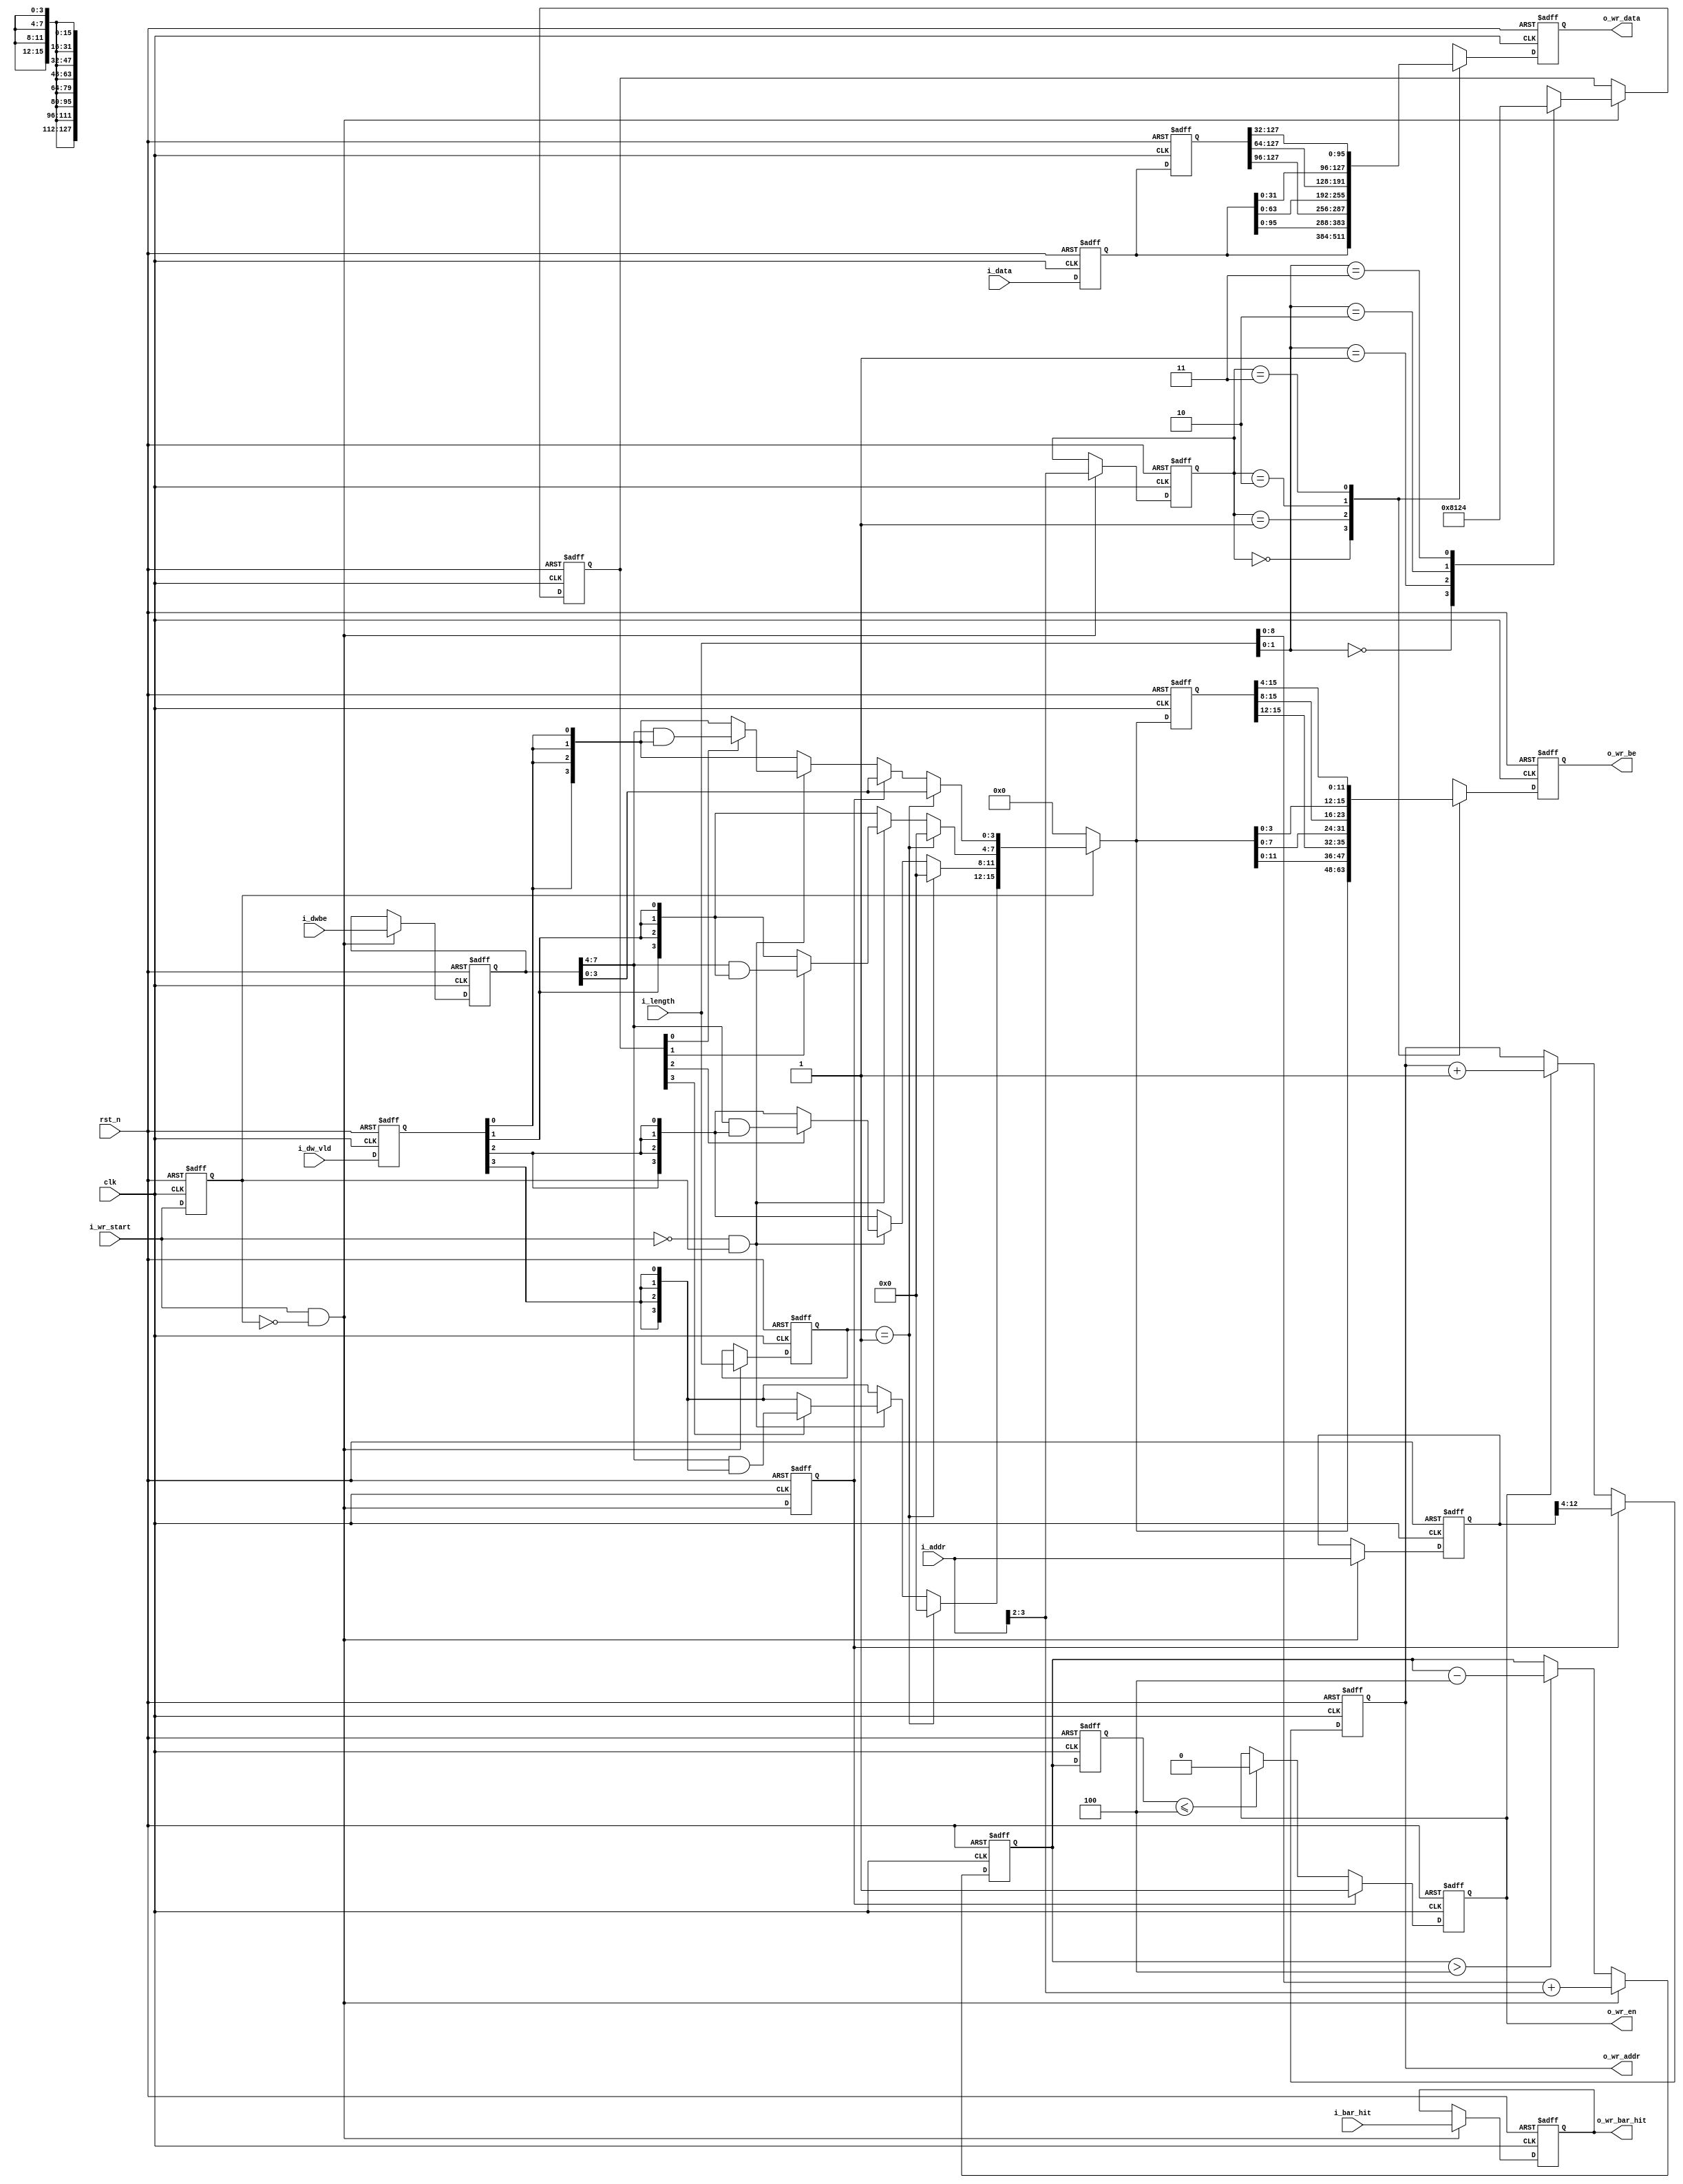
//////////////////////////////////////////////////////////////////////////////
//
// Copyright (c) 2019 PANGO MICROSYSTEMS, INC
// ALL RIGHTS REVERVED.
//
// THE SOURCE CODE CONTAINED HEREIN IS PROPRIETARY TO PANGO MICROSYSTEMS, INC.
// IT SHALL NOT BE REPRODUCED OR DISCLOSED IN WHOLE OR IN PART OR USED BY
// PARTIES WITHOUT WRITTEN AUTHORIZATION FROM THE OWNER.
//
//////////////////////////////////////////////////////////////////////////////
//
// Library:
//////////////////////////////////////////////////////////////////////////////
module ipsl_pcie_dma_wr_ctrl #(
    parameter                       ADDR_WIDTH = 4'd9
)(
    input                           clk         ,   //gen1:62.5MHz,gen2:125MHz
    input                           rst_n       ,

    //**********************************************************************
    input                           i_wr_start  ,
    input       [9:0]               i_length    ,
    input       [7:0]               i_dwbe      ,
    input       [127:0]             i_data      ,
    input       [3:0]               i_dw_vld    ,
    input       [63:0]              i_addr      ,
    input       [1:0]               i_bar_hit   ,

    //**********************************************************************
    //ram write control
    output reg                      o_wr_en     ,
    output reg  [ADDR_WIDTH-1:0]    o_wr_addr   ,
    output reg  [127:0]             o_wr_data   ,
    output reg  [15:0]              o_wr_be     ,
    output reg  [1:0]               o_wr_bar_hit
);

reg             wr_start_ff;
wire            rx_start;
wire            first_dw;
reg             first_dw_ff;
wire            last_dw;

reg     [9:0]   length;
reg     [3:0]   dw_vld;
reg     [7:0]   dwbe;

reg     [15:0]  byte_en;
reg     [15:0]  byte_en_ff;
wire    [31:0]  byte_en_shift;
reg     [15:0]  dw_vld_shift_out;

reg     [3:0]   last_dw_position;
wire    [15:0]  last_data_be;

reg     [1:0]   data_position;
reg     [127:0] data_ff;
reg     [127:0] data_ff2;
wire    [255:0] data_shift;
reg     [127:0] data_shift_out;

reg     [8:0]   wr_dw_cnt;
reg     [8:0]   wr_dw_cnt_ff;
reg     [63:0]  wr_addr;
wire            wr_start;

always@(posedge clk or negedge rst_n)
begin
    if(!rst_n)
        wr_start_ff <= 1'b0;
    else
        wr_start_ff <=  i_wr_start;
end

assign rx_start = i_wr_start & ~wr_start_ff;
//**********************************************************************gen byte enbale from dwbe and dw_vld***************************************************************************
assign last_dw  = ~i_wr_start & wr_start_ff;
assign first_dw = rx_start;

always@(posedge clk or negedge rst_n)
begin
    if(!rst_n)
        first_dw_ff <= 1'b0;
    else
        first_dw_ff <= first_dw;
end

always@(posedge clk or negedge rst_n)
begin
    if(!rst_n)
        length <= 10'b0;
    else if(rx_start)
        length <= i_length;
end

always@(posedge clk or negedge rst_n)
begin
    if(!rst_n)
        dw_vld <= 4'b0;
    else
        dw_vld <= i_dw_vld;
end

always@(posedge clk or negedge rst_n)
begin
    if(!rst_n)
        dwbe <= 8'b0;
    else if(rx_start)
        dwbe <= i_dwbe;
end

always@(posedge clk or negedge rst_n)
begin
    if(!rst_n)
        last_dw_position <= 4'b0;
    else if(rx_start)
        case(i_length[1:0])
            2'd0: last_dw_position <= 4'b1000;
            2'd1: last_dw_position <= 4'b0001;
            2'd2: last_dw_position <= 4'b0010;
            2'd3: last_dw_position <= 4'b0100;
        default: last_dw_position <= 4'b0000;
    endcase
end

assign last_data_be[4*0+3:4*0] = last_dw_position[0] ? (dwbe[7:4] & {4{dw_vld[0]}}) : {4{dw_vld[0]}};
assign last_data_be[4*1+3:4*1] = last_dw_position[1] ? (dwbe[7:4] & {4{dw_vld[1]}}) : {4{dw_vld[1]}};
assign last_data_be[4*2+3:4*2] = last_dw_position[2] ? (dwbe[7:4] & {4{dw_vld[2]}}) : {4{dw_vld[2]}};
assign last_data_be[4*3+3:4*3] = last_dw_position[3] ? (dwbe[7:4] & {4{dw_vld[3]}}) : {4{dw_vld[3]}};

//gen byte_en
always@(*)
begin
    if(wr_start_ff)
    begin
        if(length == 10'b1)
            byte_en = {12'b0,dwbe[3:0]};
        else
        begin
            byte_en[4*0+3:4*0] = first_dw_ff ? dwbe[3:0] : (last_dw ? last_data_be[4*0+3:4*0] : {4{dw_vld[0]}});
            byte_en[4*1+3:4*1] = last_dw ? last_data_be[4*1+3:4*1] : {4{dw_vld[1]}};
            byte_en[4*2+3:4*2] = last_dw ? last_data_be[4*2+3:4*2] : {4{dw_vld[2]}};
            byte_en[4*3+3:4*3] = last_dw ? last_data_be[4*3+3:4*3] : {4{dw_vld[3]}};
        end
    end
    else
        byte_en = 16'b0;
end

//**********************************************************************data shift***************************************************************************
always@(posedge clk or negedge rst_n)
begin
    if(!rst_n)
        data_position <= 2'b0;
    else if(rx_start)
        data_position <= i_addr[3:2];
end

always@(posedge clk or negedge rst_n)
begin
    if(!rst_n)
    begin
        data_ff  <= 128'b0;
        data_ff2 <= 128'b0;
    end
    else
    begin
        data_ff  <= i_data;
        data_ff2 <= data_ff;
    end
end
//data shift
assign data_shift = {data_ff,data_ff2};

always@(*)
begin
    case(data_position)
        2'd0:  data_shift_out   = data_shift[32*8-1:32*4];
        2'd1:  data_shift_out   = data_shift[32*7-1:32*3];
        2'd2:  data_shift_out   = data_shift[32*6-1:32*2];
        2'd3:  data_shift_out   = data_shift[32*5-1:32*1];
        default: data_shift_out = 128'b0;
    endcase
end

//**********************************************************************byte_en shift***************************************************************************
always@(posedge clk or negedge rst_n)
begin
    if(!rst_n)
        byte_en_ff <= 16'b0;
    else
        byte_en_ff <= byte_en;
end
//dw_vld shift
assign byte_en_shift[31:0] = {byte_en,byte_en_ff};

always@(*)
begin
    case(data_position)
        2'd0:  dw_vld_shift_out   = byte_en_shift[4*8-1:4*4];
        2'd1:  dw_vld_shift_out   = byte_en_shift[4*7-1:4*3];
        2'd2:  dw_vld_shift_out   = byte_en_shift[4*6-1:4*2];
        2'd3:  dw_vld_shift_out   = byte_en_shift[4*5-1:4*1];
        default: dw_vld_shift_out = 16'b0;
    endcase
end

//**********************************************************************gen bar write ctrl***************************************************************************
always@(posedge clk or negedge rst_n)
begin
    if(!rst_n)
        wr_dw_cnt <= 9'b0;
    else if(rx_start)
        wr_dw_cnt <= i_length[8:0] + {7'b0,i_addr[3:2]};
    else if(wr_dw_cnt > 9'd4)
        wr_dw_cnt <= wr_dw_cnt -9'd4;
end

always@(posedge clk or negedge rst_n)
begin
    if(!rst_n)
        wr_dw_cnt_ff <= 9'b0;
    else
        wr_dw_cnt_ff <= wr_dw_cnt;
end

assign wr_start = first_dw_ff;

always@(posedge clk or negedge rst_n)
begin
    if(!rst_n)
        o_wr_en <= 1'b0;
    else if(wr_start)
        o_wr_en <= 1'b1;
    else if(wr_dw_cnt_ff <= 4)
        o_wr_en <= 1'b0;
end

always@(posedge clk or negedge rst_n)
begin
    if(!rst_n)
        wr_addr <= 64'b0;
    else if(rx_start)
        wr_addr <= i_addr;
end

always@(posedge clk or negedge rst_n)
begin
    if(!rst_n)
        o_wr_bar_hit <= 2'b0;
    else if(rx_start)
        o_wr_bar_hit <= i_bar_hit;
end

always@(posedge clk or negedge rst_n)
begin
    if(!rst_n)
        o_wr_addr <= {ADDR_WIDTH{1'b0}};
    else if(wr_start)
        o_wr_addr <= wr_addr[ADDR_WIDTH+3:4];
    else if(o_wr_en)
        o_wr_addr <= o_wr_addr + {{(ADDR_WIDTH-1){1'b0}},1'b1};
end

always@(posedge clk or negedge rst_n)
begin
    if(!rst_n)
        o_wr_data <= 128'b0;
    else
        o_wr_data <= data_shift_out;
end

always@(posedge clk or negedge rst_n)
begin
    if(!rst_n)
        o_wr_be <= 16'b0;
    else
        o_wr_be <= dw_vld_shift_out;
end

endmodule